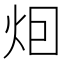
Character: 𤇆